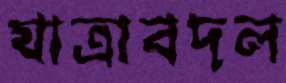
যাত্রাবদল